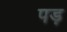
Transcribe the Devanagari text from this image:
पड़़